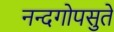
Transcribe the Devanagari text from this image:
नन्दगोपसुते